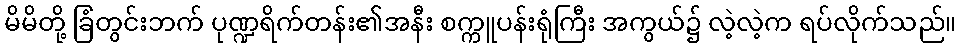
မိမိတို့ ခြံတွင်းဘက် ပုဏ္ဍရိက်တန်း၏အနီး စက္ကူပန်းရုံကြီး အကွယ်၌ လဲ့လဲ့က ရပ်လိုက်သည်။